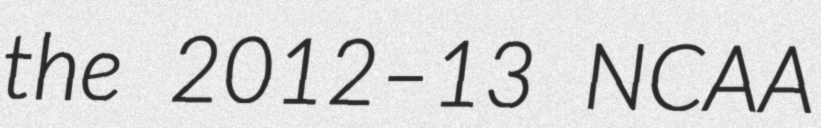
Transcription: the 2012–13 NCAA